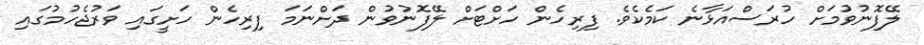
ލޭފޮނުވުމަށް ހުރަސްއަޅާނެ ކަމެކެވެ. ފިރިހެން ހަށްޓަށް ލޭފޮނުވުން ދަށްނަމަ ފިރިހެން ހަށީގައި ވަރުޖެހުމުގައި